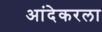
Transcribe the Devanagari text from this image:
आंदेकरला